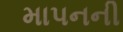
માપનની